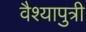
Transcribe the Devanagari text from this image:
वैश्यापुत्री